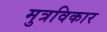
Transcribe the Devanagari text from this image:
मुत्रविकार